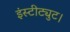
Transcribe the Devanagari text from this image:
इंस्टीट्युट।